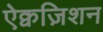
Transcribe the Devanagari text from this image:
ऐक्वज़िशन